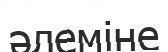
әлеміне